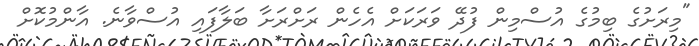
"މިރަށުގެ ބިމުގެ އުސްމިން ފުދޭ ވަރަކަށް އެހެން ރަށްރަށާ ބަލާފައި އުސްވާނެ. އާންމުކޮށް